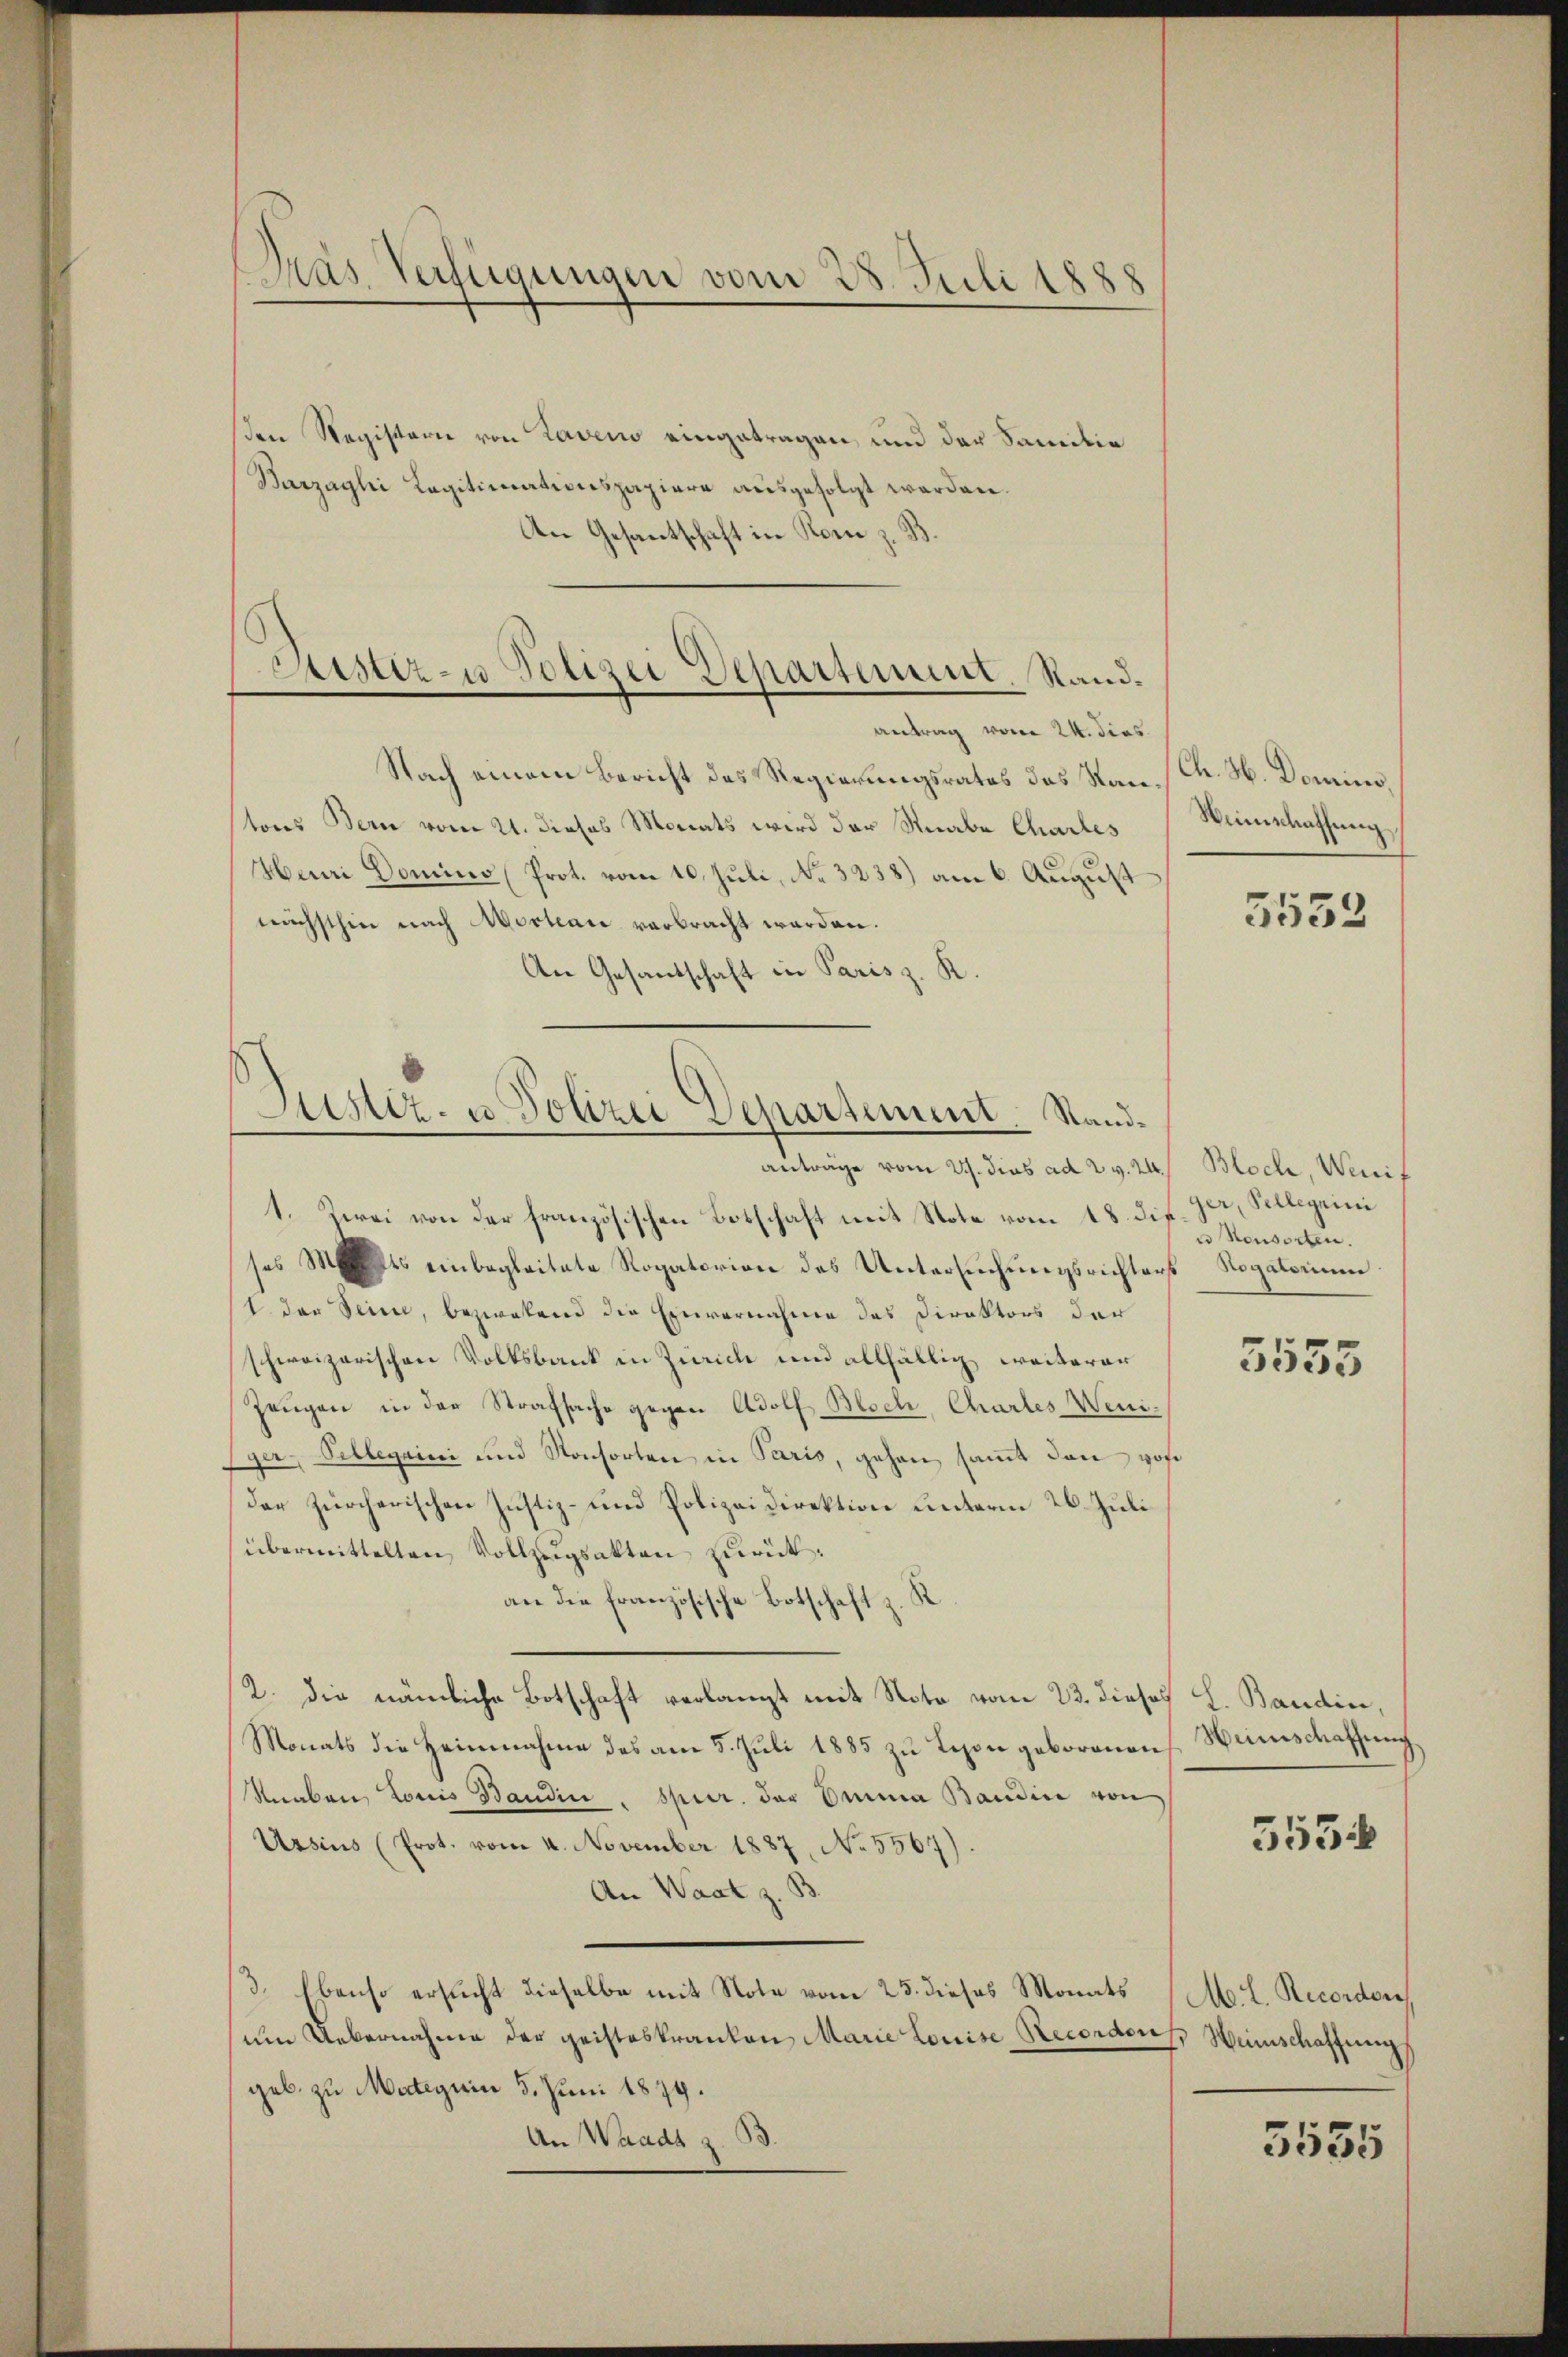
Dras Verfügungen vom 28. Juli 1888

den Registerie von Laveno eingetragen, und der Familie
Barzaghi Legitimationspapiere aŭsgefolgt werden.
An Gesandtschaft in Rom z. B.

Sistiz- u Polizei Departement. Sandantrag vom 24. dies

Justiz- u Polizei Departement. Stand¬

Nach einem Bericht des Regierungsrates das Stantons Bern vom 21. dieses Monats wird der Knabe Charles
Henri Domino (Prot. vom 10. Juli, No. 3238) am 6. August
nächsthin nach Mortare verbracht werden.
An Gesandschaft in Paris z. K.

anträge vom 27. dies ad 2. v. 24. Bloch, Wenit
1. Zwei von der französischen Botschaft mit Note vom 18. di
ses des einbegleitete Rogatorion des Untersuchungsrichters Rogatorium
1 der Seine, bezwekend die Einvernahme des Direktors der
schweizerischen Volksbank in Zürich und allfällig weiterer
Zeugen in der Strafsache gegen Adolf Bloch, Chartes Weni¬
Eger Pellegaini und Konsorten in Paris, gehen samt dann von
der zürcherischen Justiz- und Polizeidirektion unterm 26. Juli
übermittelten, Vollzugsakten zurückan die französische Botschaft z. R.
2. Die nämliche Botschaft verlangt mit Note vom 23. dieses L. Baudin,
Monats die Heimnahme des am 5. Juli 1885 zu Lesen geborenen
Knaben Louis Bandin. Spur. der Emma Bandin von
Ussius (Prot. vom 4. November 1887, No. 5567).
An Waat z. B.
3. Ebenso ersucht dieselbe mit Note vom 25. dieses Monats (M. L. Recordor
ŭm Uebernahme der geisteskranken Marie Louise Recordorf, Heinschaffung
geb. zu Mateguin 5. Juni 1879.
An Waadt z. B.

Ch. H. Domains.
Weinschaffung

5533

ger, Pellegii
e Konsorten.

3553

Weinschaffung

553

5555